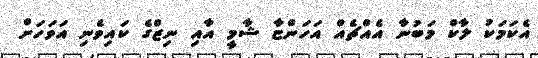
އެކަމަކު ލާކް މަބުނާ އެއްޗެއް އަހަންޏާ ޝާމީ އާއި ނިޒްގެ ކައިވެނި އަވަހަށް